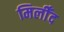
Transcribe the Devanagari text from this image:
मिलीँद